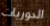
الدوريات